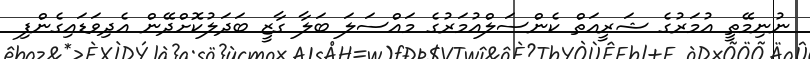
ނުނިމޭތީ އުމަރުގެ ޝަރީއަތް ކެންސަލްއުމަރުގެ މައްސަލަ ބަލާ ގާޒީ ބަދަލުކޮށްދޭން އެދިވަޑައިގެންފި